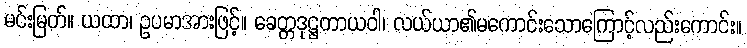
မင်းမြတ်။ ယထာ၊ ဥပမာအားဖြင့်။ ခေတ္တဒုဋ္ဌတာယဝါ၊ လယ်ယာ၏မကောင်းသောကြောင့်လည်းကောင်း။